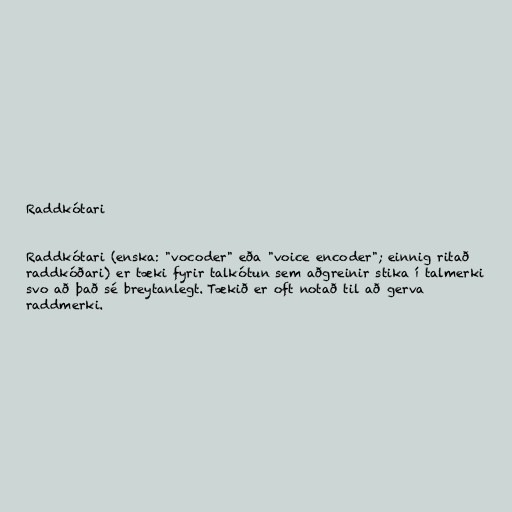
Raddkótari

Raddkótari (enska: "vocoder" eða "voice encoder"; einnig ritað
raddkóðari) er tæki fyrir talkótun sem aðgreinir stika í talmerki
svo að það sé breytanlegt. Tækið er oft notað til að gerva
raddmerki.